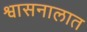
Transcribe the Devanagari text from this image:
श्वासनालात